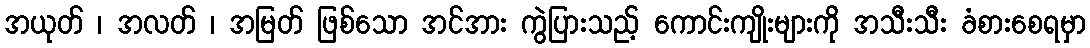
အယုတ် ၊ အလတ် ၊ အမြတ် ဖြစ်သော အင်အား ကွဲပြားသည့် ကောင်းကျိုးများကို အသီးသီး ခံစားစေရမှာ